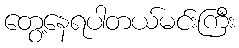
တွေ့နေရပါတယ်မင်းကြီး